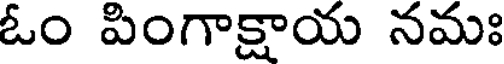
ఓం పింగాక్షాయ నమః